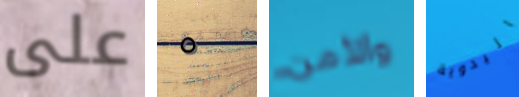
على ٥ والأمن اليدوية